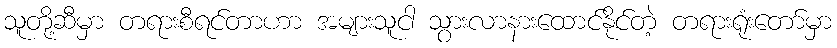
သူတို့ဆီမှာ တရားစီရင်တာဟာ အများသူငါ သွားလာနားထောင်နိုင်တဲ့ တရားရုံးတော်မှာ